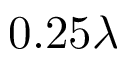
0 . 2 5 \lambda